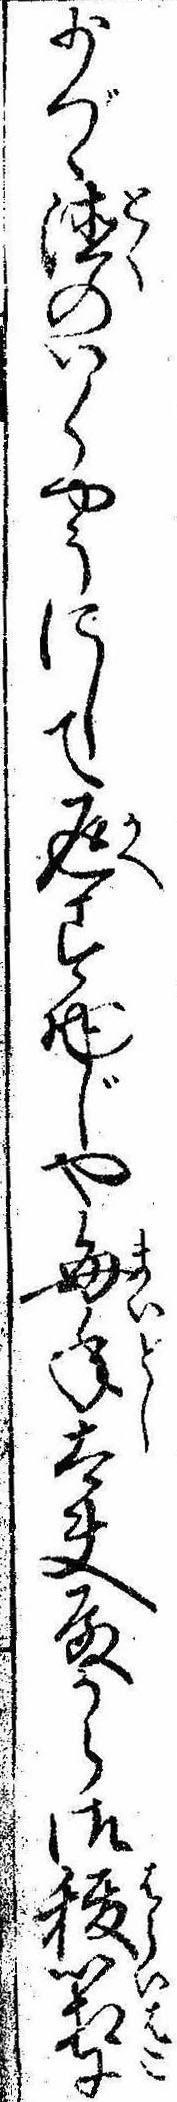
少づゝ徳のいくやうにして返す物じや毎年太夫殿から御秡箱に